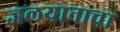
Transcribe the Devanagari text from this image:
जलयानाचा